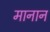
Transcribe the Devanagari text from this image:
मानान